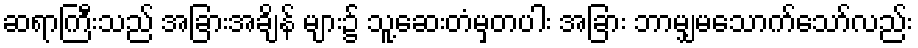
ဆရာကြီးသည် အခြားအချိန် များ၌ သူ့ဆေးတံမှတပါး အခြား ဘာမျှမသောက်သော်လည်း